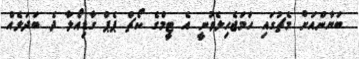
ބަޔާންއަށް މެޗުގައި ހަމަޖެހިލެވުނީ އެ ޓީމްގެ ކޯޗް ޕެޕް ގާޑިއޯލާ ދެ ބަދަލެއް